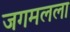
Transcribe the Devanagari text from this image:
जगमलला